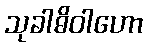
သုခါဓိဝါဟော